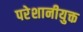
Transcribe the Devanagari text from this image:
परेशानीयुक्त